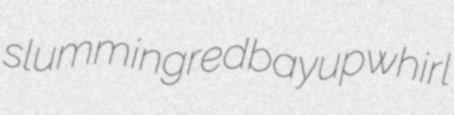
slumming redbay upwhirl